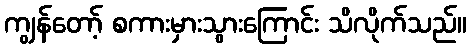
ကျွန်တော့် စကားမှားသွားကြောင်း သိလိုက်သည်။